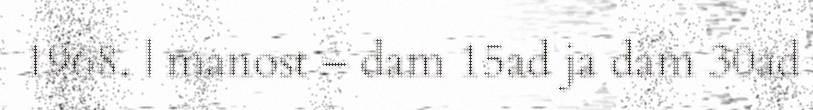
1968. | manost – dam 15ad ja dam 30ad